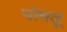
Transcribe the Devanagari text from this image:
पोंगतू